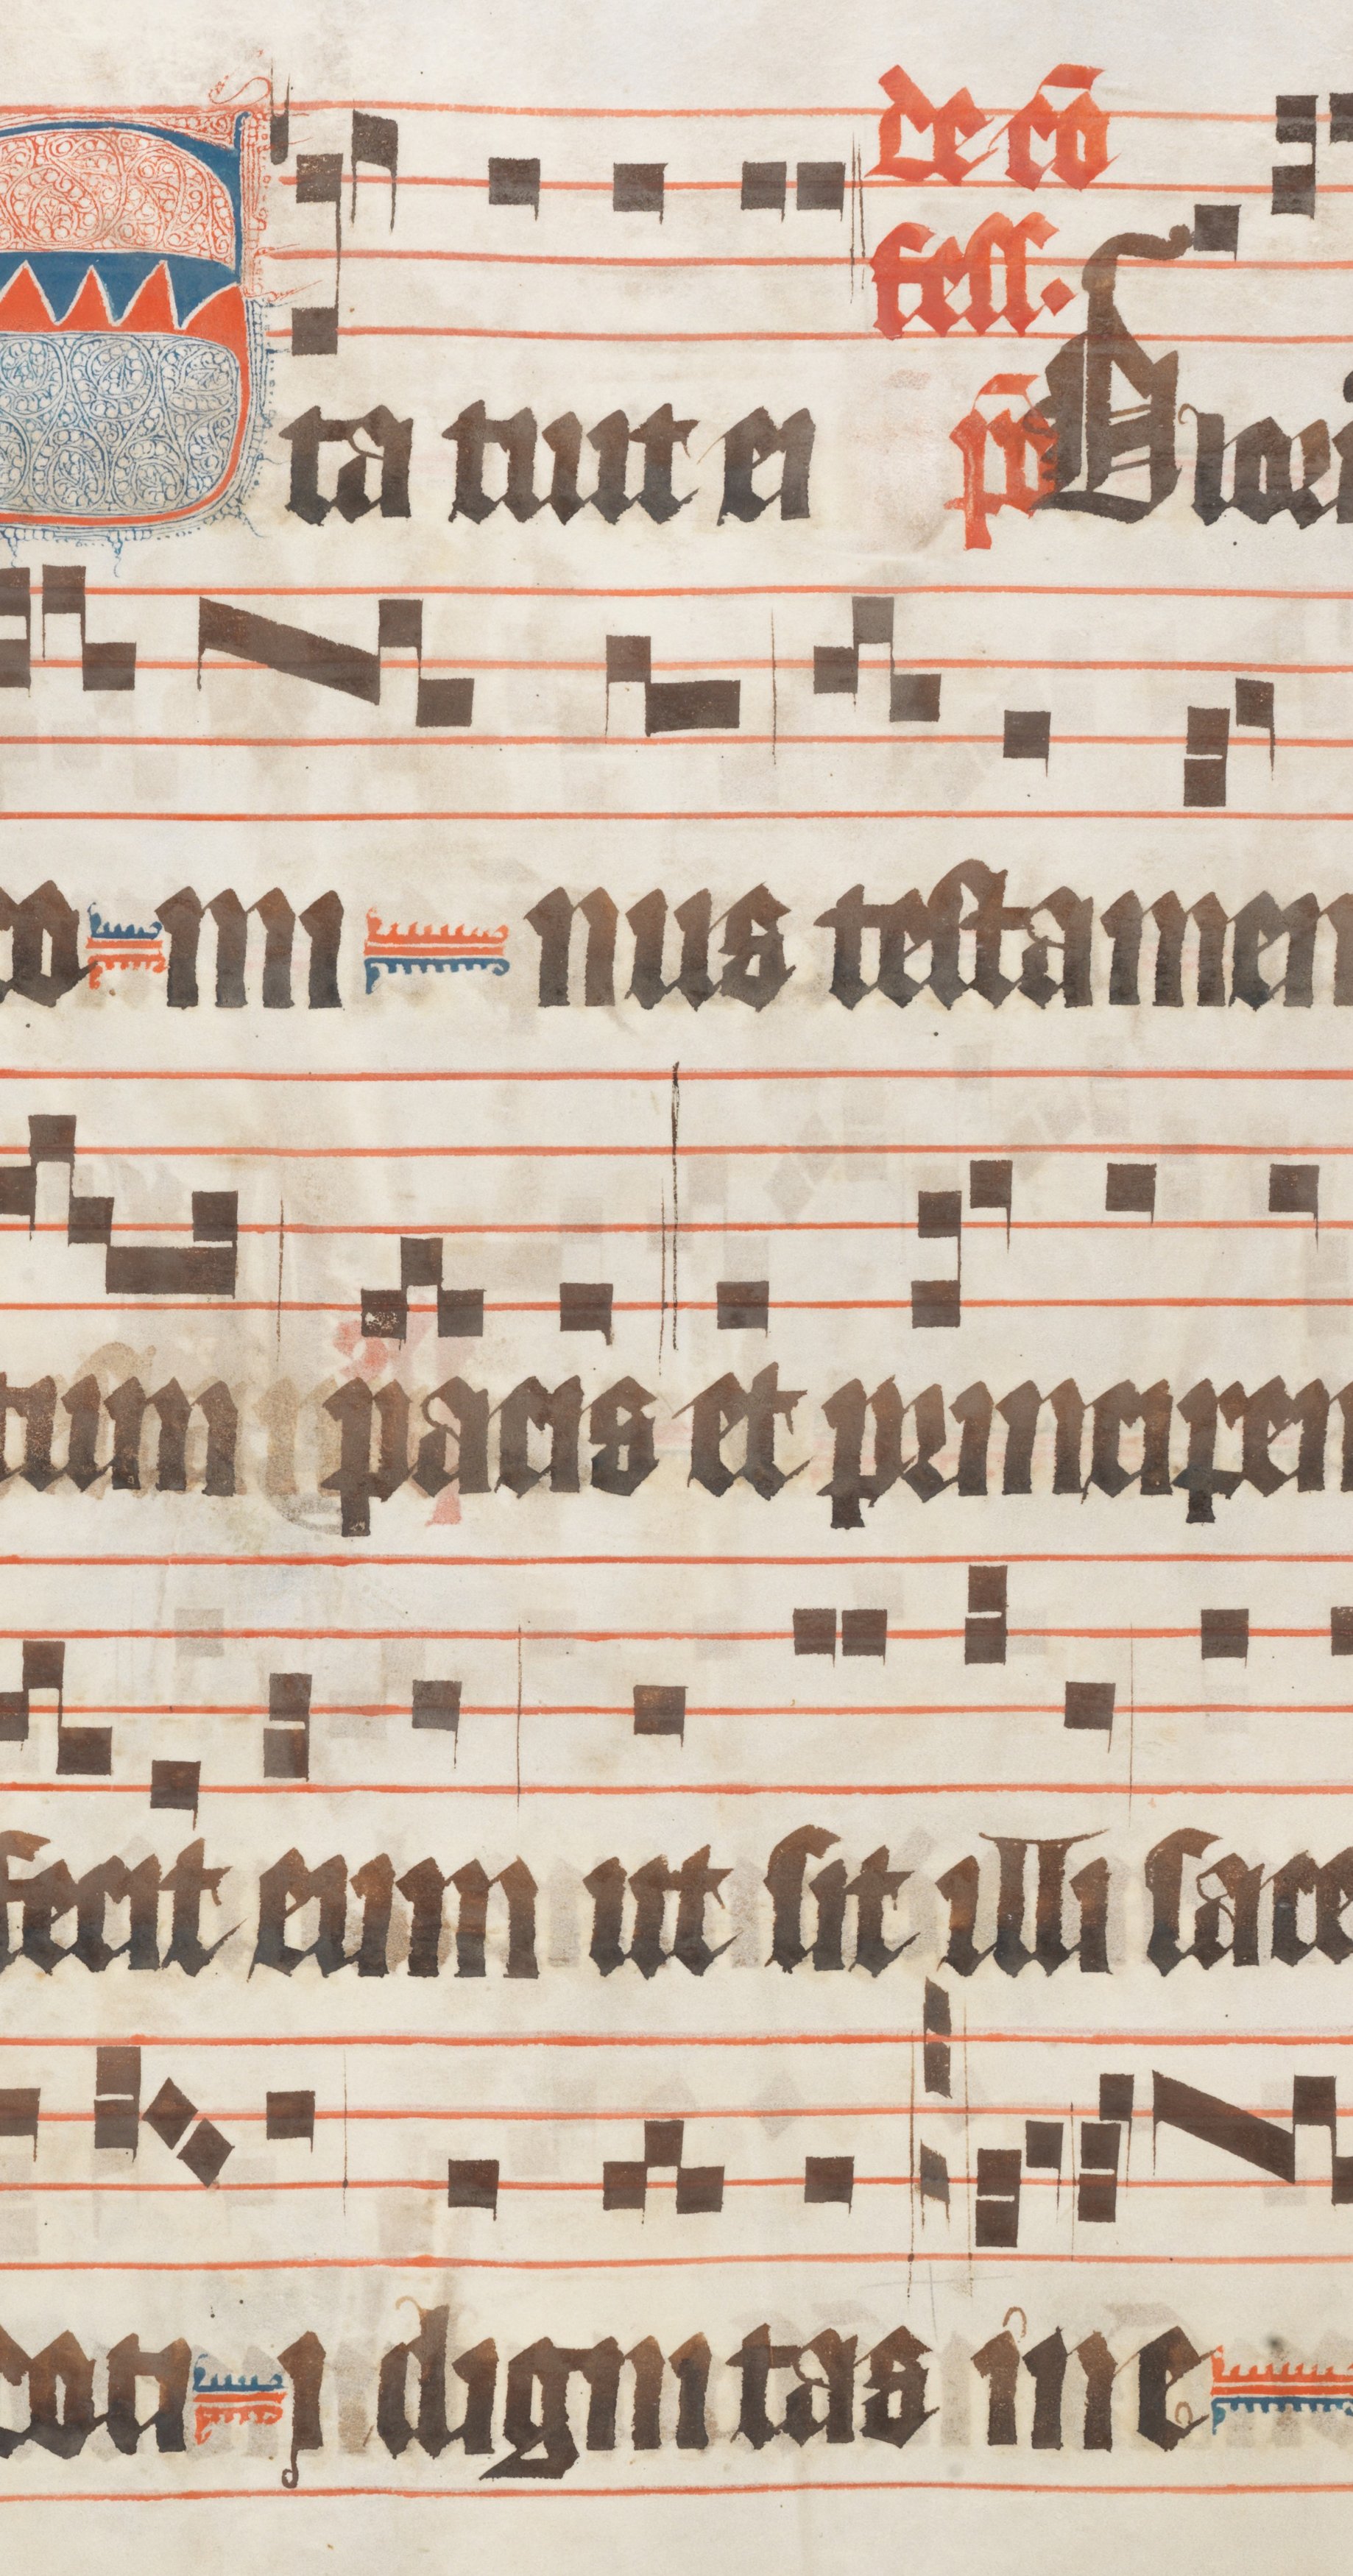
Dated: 1330–1335